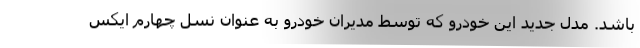
باشد. مدل جدید این خودرو که توسط مدیران خودرو به عنوان نسل چهارم ایکس